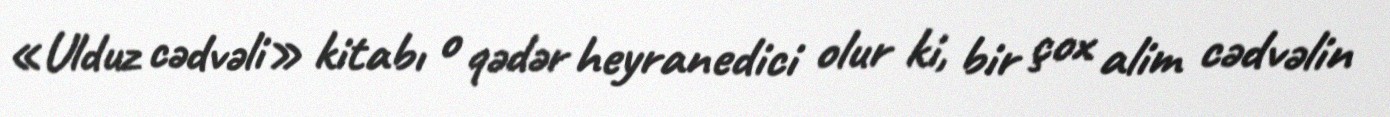
«Ulduz cədvəli» kitabı o qədər heyranedici olur ki, bir çox alim cədvəlin